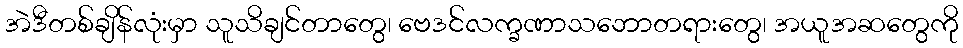
အဲဒီတစ်ချိန်လုံးမှာ သူသိချင်တာတွေ၊ ဗေဒင်လက္ခဏာသဘောတရားတွေ၊ အယူအဆတွေကို